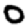
Digit: 0